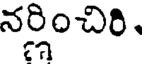
నర్ణించిరి.